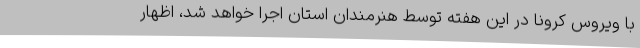
با ویروس کرونا در این هفته توسط هنرمندان استان اجرا خواهد شد، اظهار